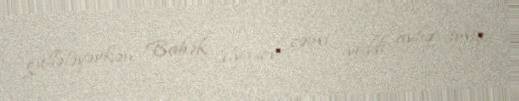
güllələyərkən Babək İlyasov cəmi yeddi aylıq imiş.